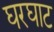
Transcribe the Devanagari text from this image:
घरघाट